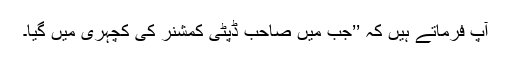
آپؑ فرماتے ہیں کہ ’’جب مَیں صاحب ڈپٹی کمشنر کی کچہری میں گیا۔